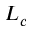
L _ { c }